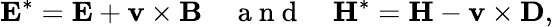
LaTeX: \mathbf{E}^{*}=\mathbf{E}+\mathbf{v}\times\mathbf{B}\quad\mathrm{~a~n~d~}\quad\mathbf{H}^{*}=\mathbf{H}-\mathbf{v}\times\mathbf{D},